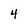
Character: 4